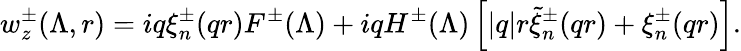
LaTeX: w_{z}^{\pm}(\Lambda,r)=iq\xi_{n}^{\pm}(qr)F^{\pm}(\Lambda)+iqH^{\pm}(\Lambda)\left[|q|r\tilde{\xi}_{n}^{\pm}(qr)+\xi_{n}^{\pm}(qr)\right].